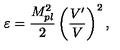
\varepsilon = \frac { M _ { p l } ^ { 2 } } { 2 } \left( \frac { V ^ { \prime } } { V } \right) ^ { 2 } ,